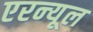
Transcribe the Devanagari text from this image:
एरन्‍यूल